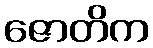
ဇောတိက